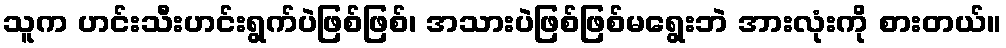
သူက ဟင်းသီးဟင်းရွက်ပဲဖြစ်ဖြစ်၊ အသားပဲဖြစ်ဖြစ်မရွေးဘဲ အားလုံးကို စားတယ်။